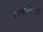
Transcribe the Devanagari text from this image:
लडकियॉ